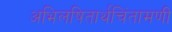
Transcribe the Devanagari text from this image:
अभिलषितार्थचिंतामणी